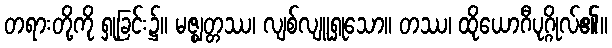
တရားတို့ကို ရှုခြင်း၌။ မဇ္ဈတ္တဿ၊ လျစ်လျူရှုသော။ တဿ၊ ထိုယောဂီပုဂ္ဂိုလ်၏။